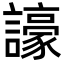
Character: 譹